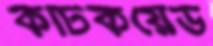
কর্টিকয়েড